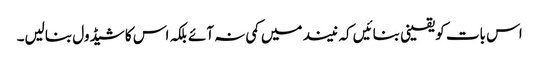
اس بات کو یقینی بنائیں کہ نیند میں کمی نہ آئے بلکہ اس کا شیڈول بنالیں۔